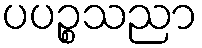
ပပဉ္စသညာ